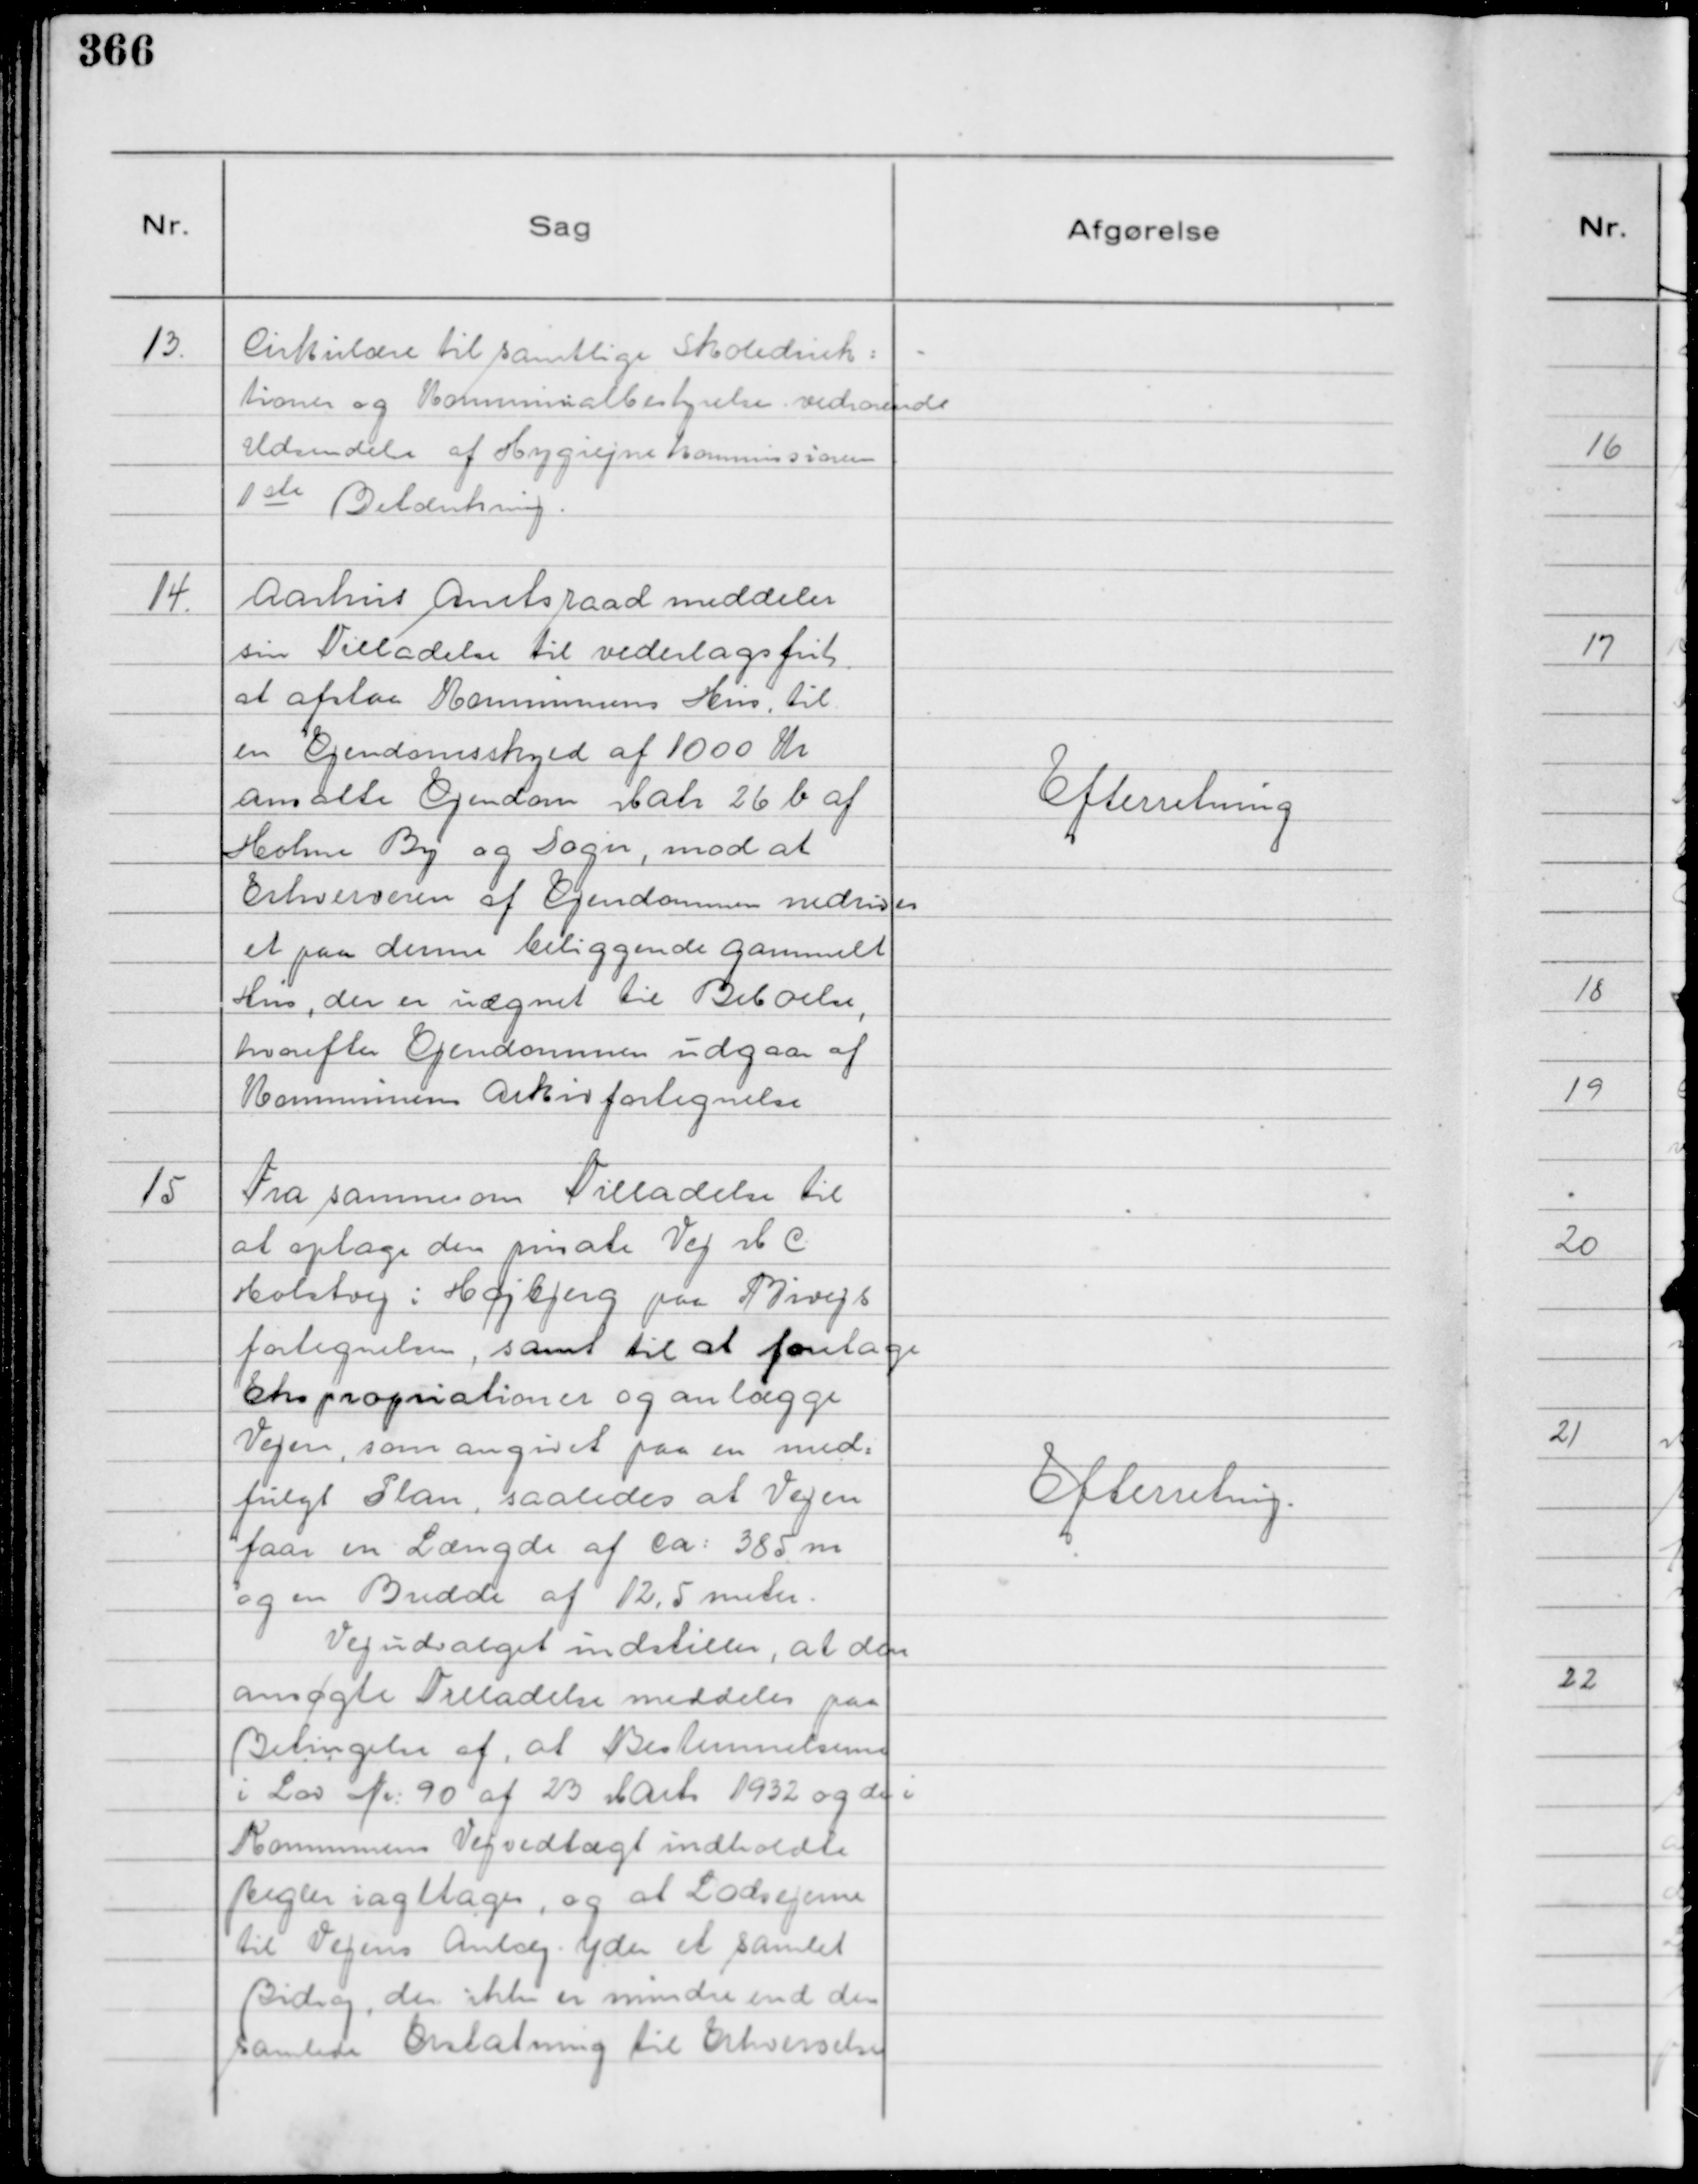
Transskription:
13.
Cirkulære til samtlige Skoledirek:
tioner og Kommunalbestyrelser vedrørende
Udsendelse af Hygiejnekommissionens
1 ste Betænkning.

14
Aarhus Amtsraad meddeler
sin Tilladelse til vederlagsfrit
at afstaa Kommunens Hus, til
en Ejendomsskyld af 1000 Kr
omalte Ejendom Matr 26 b af
Holme By og Sogn, mod at
Erhververen af Ejendommen nedriver
et paa denne beliggende gammelt
Hus, der er uægnet til Beboelse,
hvorefter Ejendommen udgaar af
Kommunens Arkivfortegnelse

Efterretning

15
Fra samme om Tilladelse til
at optage den private Vej M C
Holstvej i Højbjerg paa Bivejs
fortegnelsen, samt til at foretage
Ekspropriationer og anlægge
Vejen, som angivet paa en med=
fulgt Plan, saaledes at Vejen
faar en Længde af ca: 385 m
og en Bredde af 12,5 meter.
Vejudvalget indstiller, at den
ansøgte Tilladelse meddeles paa
Betingelse af, at Bestemmelserne
i Lov Nr: 90 af 23 Marts 1932 og de i
Kommunens Vejvedtægt indholdte
Regler iagttages, og at Lodsejerne
til Vejens Anlæg yder et samlet
Bidrag, der ikke er mindre end den
samlede Erstatning til Erhvervelse

Efterretning.